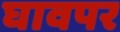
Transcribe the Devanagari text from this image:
घावपर